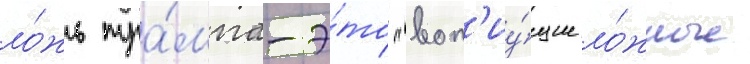
ло́жь тра́мпа-э́то "воп'иу́щие ло́жные